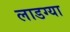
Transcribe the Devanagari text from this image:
लाडग्या